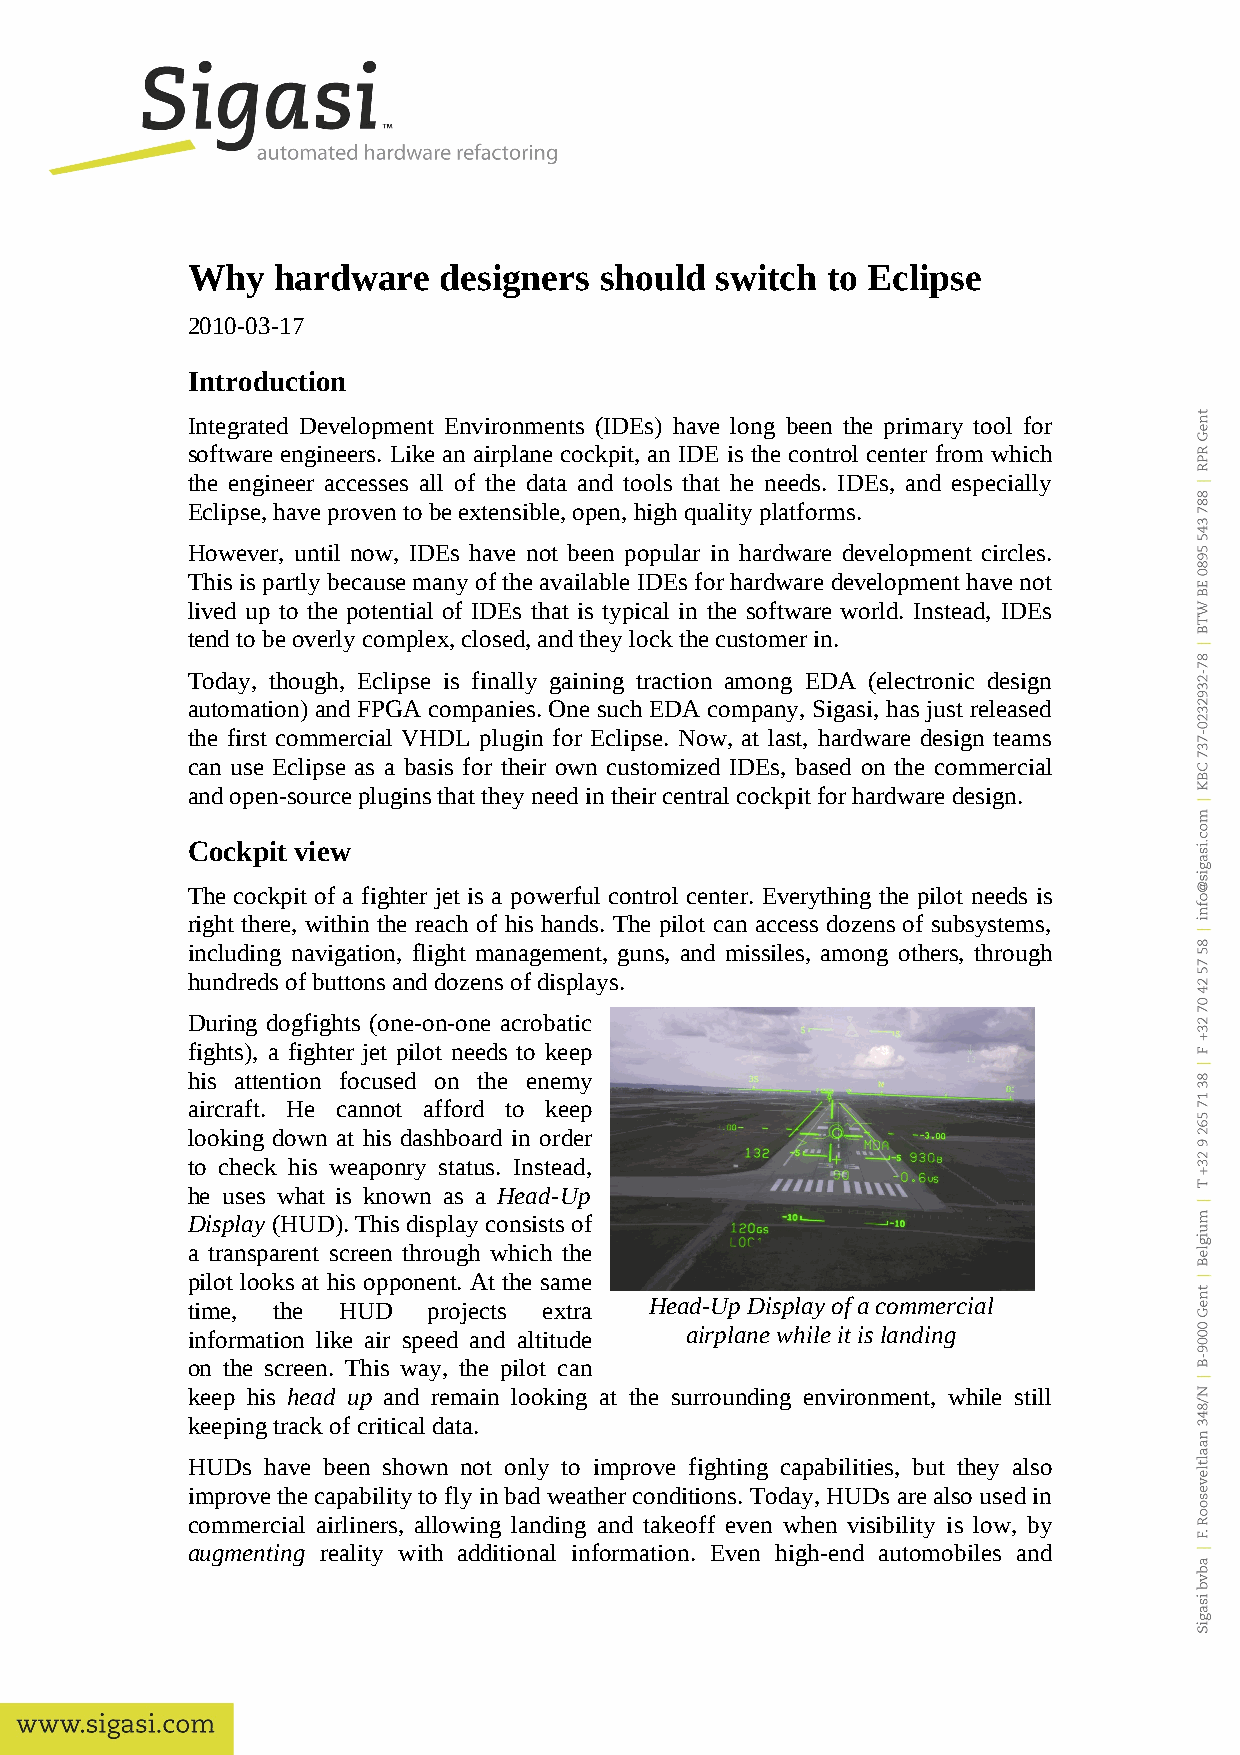
Why   hardware   designers  should switch  to Eclipse
 2010-03-17
 Introduction
 Integrated Development Environments (IDEs) have long been the primary tool for
 software engineers. Like an airplane cockpit, an IDE is the control center from which
 the engineer accesses all of the data and tools that he needs. IDEs, and especially
 Eclipse, have proven to be extensible, open, high quality platforms.
 However, until now, IDEs have not been popular in hardware development circles.
 This is partly because many of the available IDEs for hardware development have not
 lived up to the potential of IDEs that is typical in the software world. Instead, IDEs
 tend to be overly complex, closed, and they lock the customer in.
 Today, though, Eclipse is finally gaining traction among EDA (electronic design
 automation) and FPGA companies. One such EDA company, Sigasi, has just released
 the first commercial VHDL plugin for Eclipse. Now, at last, hardware design teams
 can use Eclipse as a basis for their own customized IDEs, based on the commercial
 and open-source plugins that they need in their central cockpit for hardware design.
 Cockpit view
 The cockpit of a fighter jet is a powerful control center. Everything the pilot needs is
 right there, within the reach of his hands. The pilot can access dozens of subsystems,
 including navigation, flight management, guns, and missiles, among others, through
 hundreds of buttons and dozens of displays.
 During dogfights (one-on-one acrobatic
 fights), a fighter jet pilot needs to keep
 his attention focused on the enemy
 aircraft. He cannot afford to keep
 looking down at his dashboard in order
 to check his weaponry status. Instead,
 he uses what is known as a Head-Up
 Display (HUD). This display consists of
 a transparent screen through which the
 pilot looks at his opponent. At the same
 time, the HUD   projects extra Head-Up Display of a commercial
 information like air speed and altitude airplane while it is landing
 on the screen. This way, the pilot can
 keep his head up and remain looking at the surrounding environment, while still
 keeping track of critical data.
 HUDs have been shown not only to improve fighting capabilities, but they also
 improve the capability to fly in bad weather conditions. Today, HUDs are also used in
 commercial airliners, allowing landing and takeoff even when visibility is low, by
 augmenting reality with additional information. Even high-end automobiles and